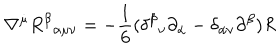
LaTeX: \nabla ^ { \dot { \mu } } R ^ { \beta } { } _ { \alpha \mu \nu } = - \frac { 1 } { 6 } ( \delta ^ { \beta } { } _ { \nu } \partial _ { \alpha } - \delta _ { \alpha \nu } \partial ^ { \beta } ) R